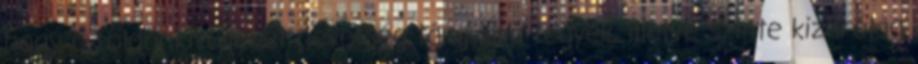
hogy a földönkívülieket nevetség tárgyává tegyék, illetve szinte kizárólag